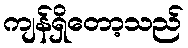
ကျန်ရှိတော့သည်